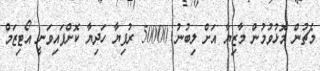
މެޗުން މޮޅުވުމުން މާޒިޔާ އަށް ލިބުނު 50000 ރުފިޔާ ހަދިޔާ ކޮށްފައިވަނީ އޯޓިޒަމް